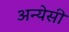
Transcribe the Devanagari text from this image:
अन्येसी